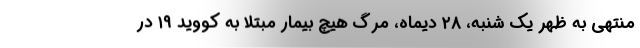
منتهی به ظهر یک شنبه، ۲۸ دیماه، مرگ هیچ بیمار مبتلا به کووید ۱۹ در